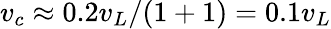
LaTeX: v_{c}\approx 0.2v_{L}/(1+1)=0.1v_{L}